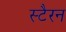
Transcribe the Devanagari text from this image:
स्टैरन